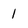
Character: 1